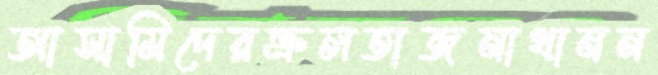
আসামিদেরভ্রুলতাজনাথানন